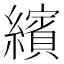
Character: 繽